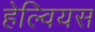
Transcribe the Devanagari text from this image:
हेल्वियस